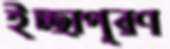
ইচ্ছাপূরণ